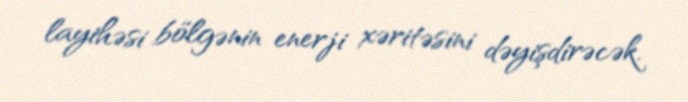
layihəsi bölgənin enerji xəritəsini dəyişdirəcək.